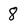
Character: 8